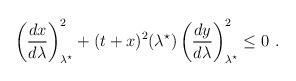
LaTeX: \begin{align*}\left(\frac{dx}{d\lambda}\right)_{\lambda^\star}^2 + (t+x)^2(\lambda^\star) \left(\frac{dy}{d\lambda}\right)_{\lambda^\star}^2 \leq 0~.\end{align*}